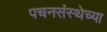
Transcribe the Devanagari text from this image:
पचनसंस्थेच्या